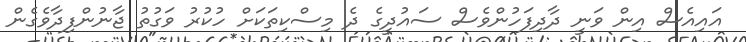
އައިއެސް އިން ވަނީ ދާދިފަހުންވެސް ސައުދީގެ ދެ މިސްކިތަކަށް ހުކުރު ވަގުތު ޖާނުންފިދާވެގެން